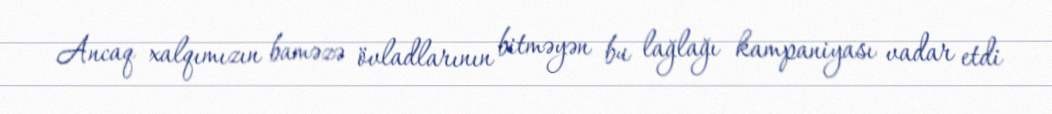
Ancaq xalqımızın baməzə övladlarının bitməyən bu lağlağı kampaniyası vadar etdi